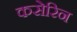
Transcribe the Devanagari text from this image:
कसेरिन